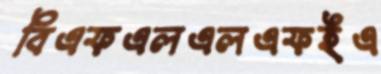
বিএফএলএলএফইএ